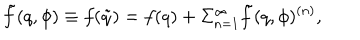
\tilde { f } ( q , \phi ) \equiv f ( \tilde { q } ) = f ( q ) + \Sigma _ { n = 1 } ^ { \infty } \tilde { f } ( q , \phi ) ^ { ( n ) } ,